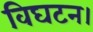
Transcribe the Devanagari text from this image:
विघटन।